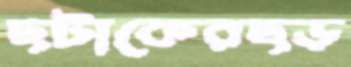
ছটাকেরছড়